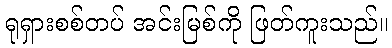
ရုရှားစစ်တပ် အင်းမြစ်ကို ဖြတ်ကူးသည်။